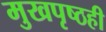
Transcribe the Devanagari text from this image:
मुखपृष्ठही